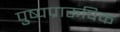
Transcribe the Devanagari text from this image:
पुष्पप्रारूपिक